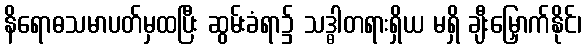
နိရောဓသမာပတ်မှထပြီး ဆွမ်းခံရာ၌ သဒ္ဓါတရားရှိယ မရှိ ချီးမြှောက်နိုင်၊